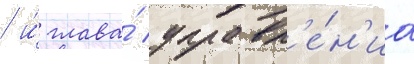
/ и́ глава́ управл'е́н'иа